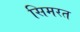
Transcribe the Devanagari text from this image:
सिमरत